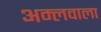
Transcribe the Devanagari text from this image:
अम्लवाला